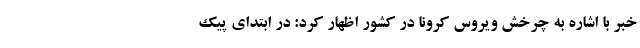
خبر با اشاره به چرخش ویروس کرونا در کشور اظهار کرد: در ابتدای پیک